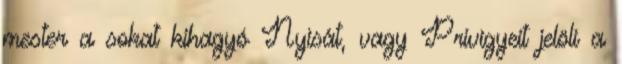
mester a sokat kihagyó Nyisát, vagy Privigyeit jelöli a